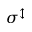
\sigma ^ { \updownarrow }